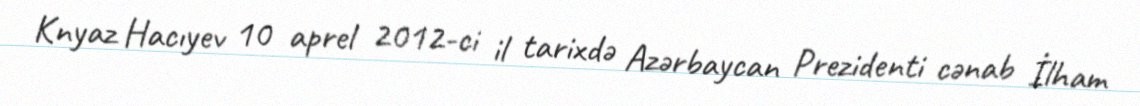
Knyaz Hacıyev 10 aprel 2012-ci il tarixdə Azərbaycan Prezidenti cənab İlham